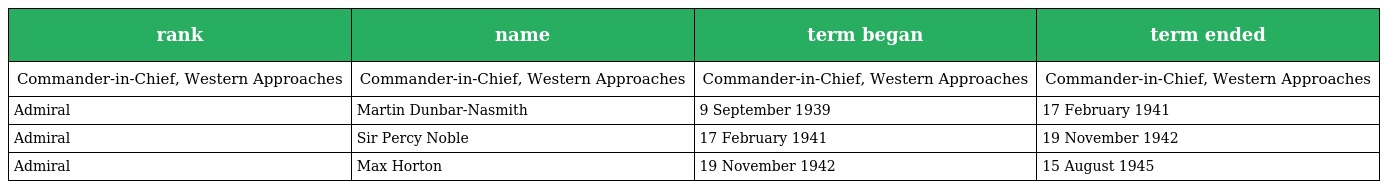
| rank | name | term began | term ended |
 | --- | --- | --- | --- |
 | Commander-in-Chief, Western Approaches | Commander-in-Chief, Western Approaches | Commander-in-Chief, Western Approaches | Commander-in-Chief, Western Approaches |
 | Admiral | Martin Dunbar-Nasmith | 9 September 1939 | 17 February 1941 |
 | Admiral | Sir Percy Noble | 17 February 1941 | 19 November 1942 |
 | Admiral | Max Horton | 19 November 1942 | 15 August 1945 |